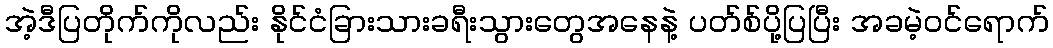
အဲ့ဒီပြတိုက်ကိုလည်း နိုင်ငံခြားသားခရီးသွားတွေအနေနဲ့ ပတ်စ်ပို့ပြပြီး အခမဲ့ဝင်ရောက်